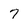
Character: 7